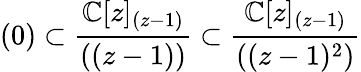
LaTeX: (0)\subset{\frac{\mathbb{C}[z]_{(z-1)}}{((z-1))}}\subset{\displaystyle{\frac{\mathbb{C}[z]_{(z-1)}}{((z-1)^{2})}}}